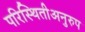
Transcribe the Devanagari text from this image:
परिस्थितीअनुरुप